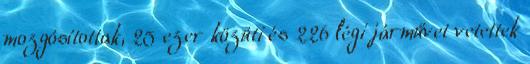
mozgósítottak, 25 ezer közúti és 226 légi járművet vetettek